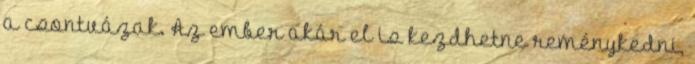
a csontvázak. Az ember akár el is kezdhetne reménykedni,